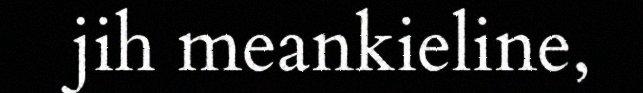
jih meankieline,